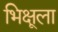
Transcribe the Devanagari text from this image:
भिक्षूला